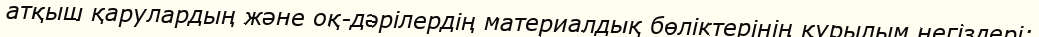
атқыш қарулардың және оқ-дәрілердің материалдық бөліктерінің құрылым негіздері;